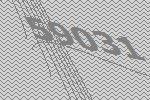
59031